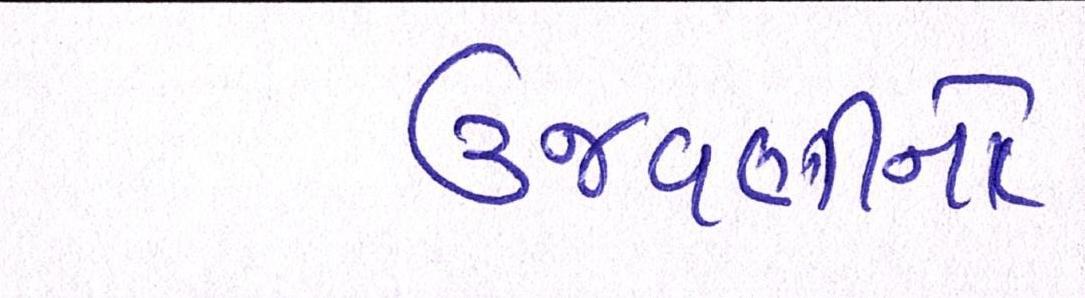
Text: ઉજવણીનો